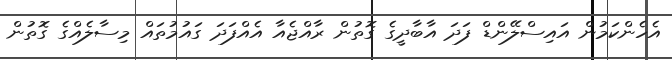
އެހެންކަމުން އައިސްލޭންޑް ފަދަ އާބާދީގެ ގޮތުން ރާއްޖެއާ އެއްފަދަ ގައުމުތައް މިސާލެއްގެ ގޮތުން